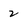
Character: 2